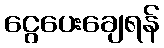
ငွေပေးချေရန်